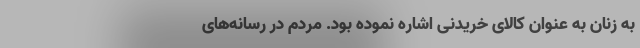
به زنان به عنوان کالای خریدنی اشاره نموده بود. مردم در رسانه‌های